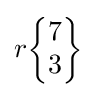
r{\begin{Bmatrix}7\\3\end{Bmatrix}}